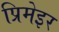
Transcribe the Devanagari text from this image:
प्रिमेइर